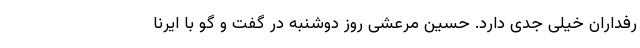
رفداران خیلی جدی دارد. حسین مرعشی روز دوشنبه در گفت و گو با ایرنا